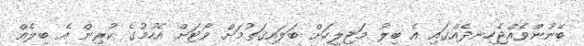
ބޭނުންވެއްޖެހިނދެއްގައި އެ ބިލު މަޖިލީހަށް ބަލައިގަތުމަށް ވޯޓަށް އެހުމުގެ ކުރިން އެ ބިލެއް